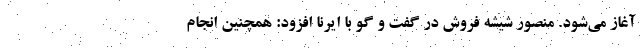
آغاز می‌شود. منصور شیشه فروش در گفت و گو با ایرنا افزود: همچنین انجام